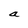
Character: a